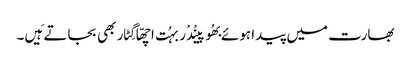
بھارت میں پیدا ہوئے بھُوپینْدْر بہُت اچھّا گِٹار بھی بجاتے ہَیں۔